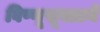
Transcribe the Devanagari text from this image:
विष्णूसूक्ताने